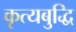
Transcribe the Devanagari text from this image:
कृत्यबुद्धि